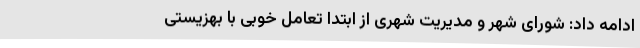
ادامه داد: شورای شهر و مدیریت شهری از ابتدا تعامل خوبی با بهزیستی